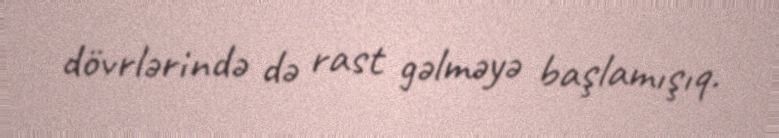
dövrlərində də rast gəlməyə başlamışıq.